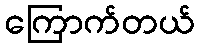
ကြောက်တယ်